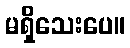
မရှိသေးပေ။